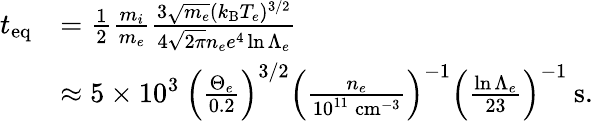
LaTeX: \begin{array}{rl}{t_{\mathrm{eq}}}&{=\frac{1}{2}\frac{m_{i}}{m_{e}}\frac{3\sqrt{m_{e}}(k_{\mathrm{B}}T_{e})^{3/2}}{4\sqrt{2\pi}n_{e}e^{4}\ln{\Lambda_{e}}}}\\ &{\approx 5\times 10^{3}\: \left(\frac{\Theta_{e}}{0.2}\right)^{3/2}\left(\frac{n_{e}}{10^{11}\: \mathrm{cm}^{-3}}\right)^{-1}\left(\frac{\ln{\Lambda_{e}}}{23}\right)^{-1}\: \mathrm{s}.}\end{array}